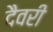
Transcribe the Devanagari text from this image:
दैवरी